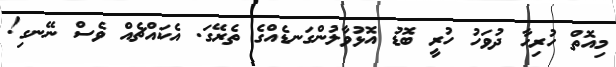
މިއޮތް ހުރިހާ ދުވަހު ހުރީ ބޮޑު އޮޅުވާލުންގަނޑެއްގެ ތެރޭގަ. އެކައްޗެއް ވެސް ނޭނގި!